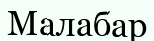
Малабар